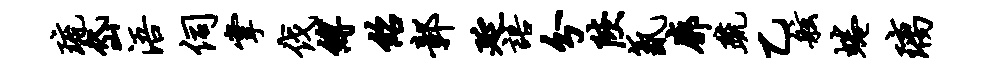
琉岱浯伺掌伐缚绍鄣延语分陕氤廓疏乙舷蜷璃